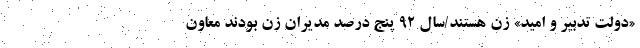
«دولت تدبیر و امید» زن هستند/سال 92 پنج درصد مدیران زن بودند معاون